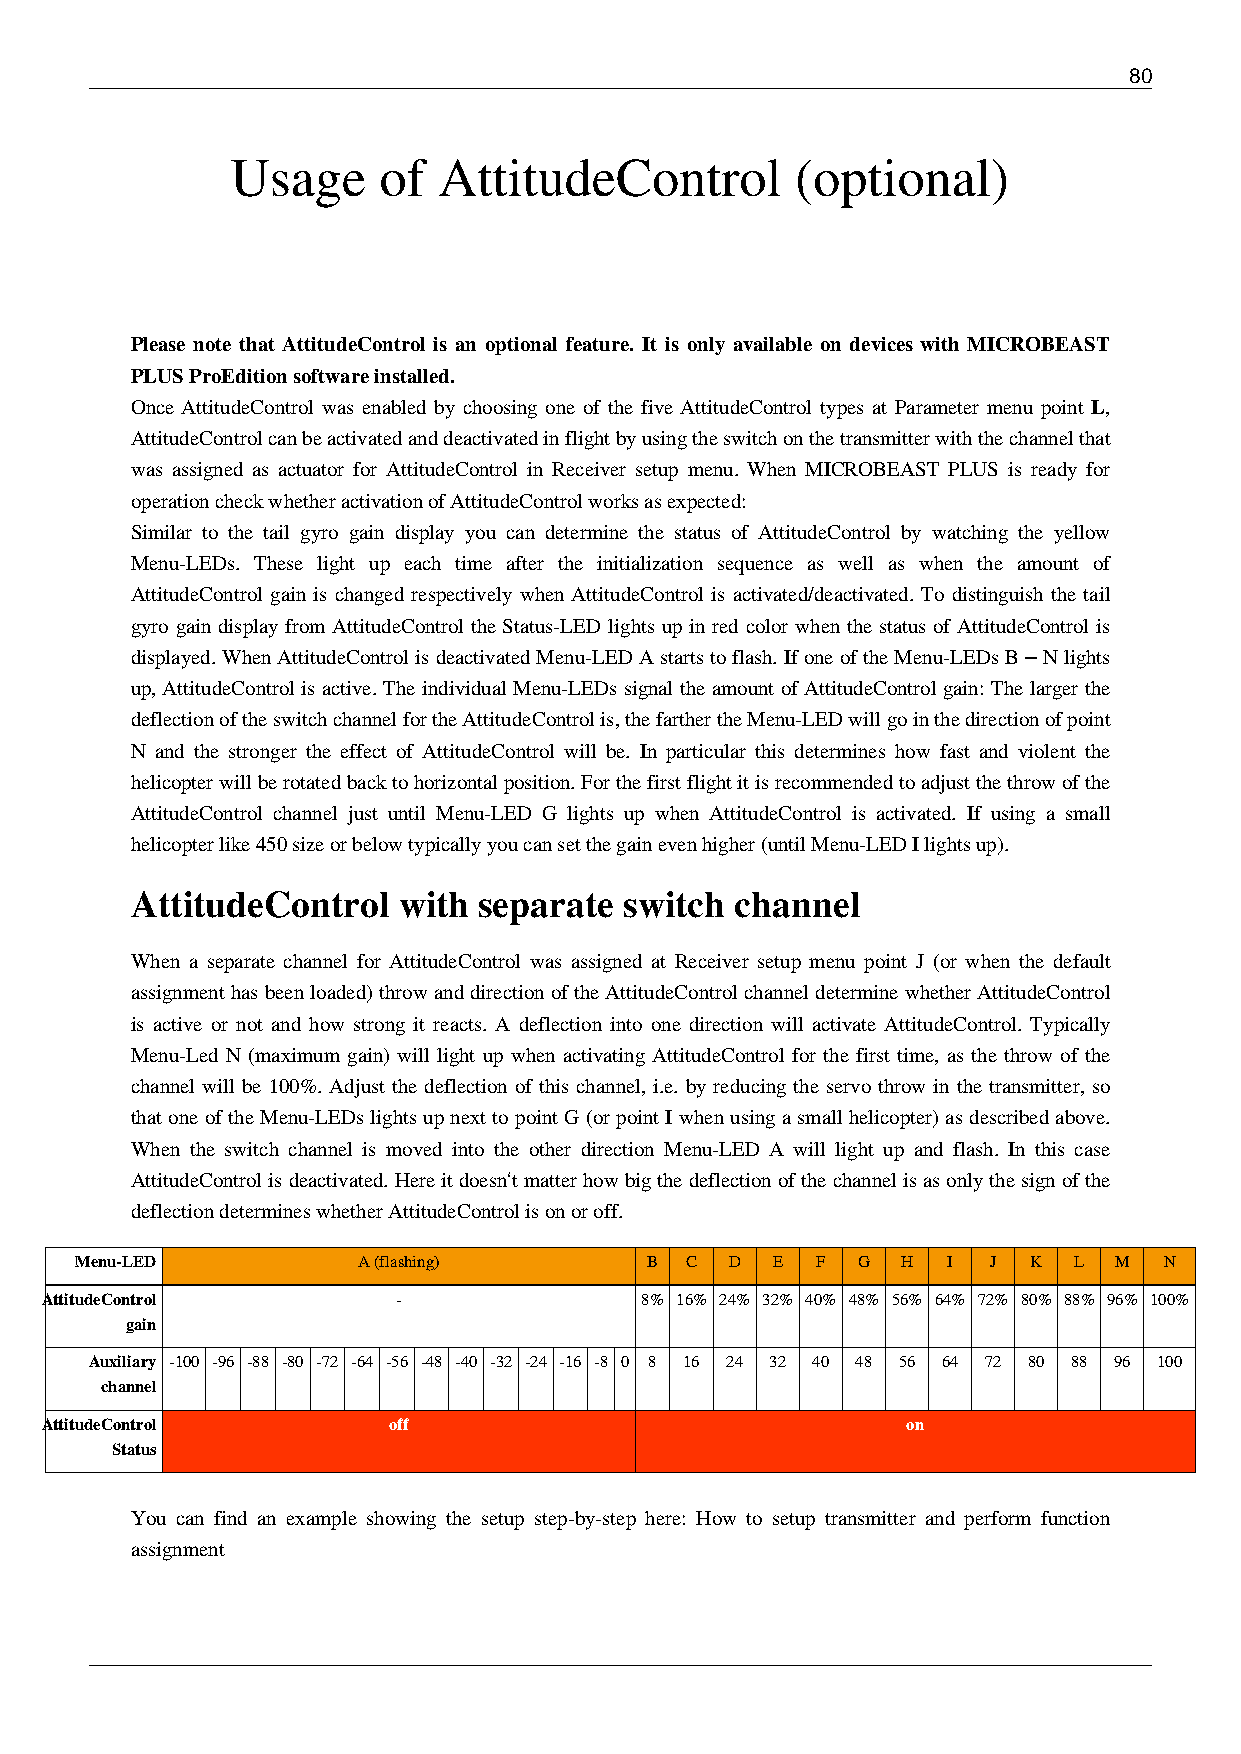
80
 Usage     of  AttitudeControl         (optional)
 Please note that AttitudeControl is an optional feature. It is only available on devices with MICROBEAST
 PLUS ProEdition software installed.
 Once AttitudeControl was enabled by choosing one of the five AttitudeControl types at Parameter menu point L,
 AttitudeControl can be activated and deactivated in flight by using the switch on the transmitter with the channel that
 was assigned as actuator for AttitudeControl in Receiver setup menu. When MICROBEAST PLUS is ready for
 operation check whether activation of AttitudeControl works as expected:
 Similar to the tail gyro gain display you can determine the status of AttitudeControl by watching the yellow
 Menu-LEDs. These light up each time after the initialization sequence as well as when the amount of
 AttitudeControl gain is changed respectively when AttitudeControl is activated/deactivated. To distinguish the tail
 gyro gain display from AttitudeControl the Status-LED lights up in red color when the status of AttitudeControl is
 displayed. When AttitudeControl is deactivated Menu-LED A starts to flash. If one of the Menu-LEDs B – N lights
 up, AttitudeControl is active. The individual Menu-LEDs signal the amount of AttitudeControl gain: The larger the
 deflection of the switch channel for the AttitudeControl is, the farther the Menu-LED will go in the direction of point
 N and the stronger the effect of AttitudeControl will be. In particular this determines how fast and violent the
 helicopter will be rotated back to horizontal position. For the first flight it is recommended to adjust the throw of the
 AttitudeControl channel just until Menu-LED G lights up when AttitudeControl is activated. If using a small
 helicopter like 450 size or below typically you can set the gain even higher (until Menu-LED I lights up).
 AttitudeControl  with  separate switch  channel
 When a separate channel for AttitudeControl was assigned at Receiver setup menu point J (or when the default
 assignment has been loaded) throw and direction of the AttitudeControl channel determine whether AttitudeControl
 is active or not and how strong it reacts. A deflection into one direction will activate AttitudeControl. Typically
 Menu-Led N (maximum gain) will light up when activating AttitudeControl for the first time, as the throw of the
 channel will be 100%. Adjust the deflection of this channel, i.e. by reducing the servo throw in the transmitter, so
 that one of the Menu-LEDs lights up next to point G (or point I when using a small helicopter) as described above.
 When the switch channel is moved into the other direction Menu-LED A will light up and flash. In this case
 AttitudeControl is deactivated. Here it doesn‘t matter how big the deflection of the channel is as only the sign of the
 deflection determines whether AttitudeControl is on or off.
 Menu-LED           A (flashing)       B C  D  E  F  G  H  I J  K  L  M  N
 AttitudeControl        -               8% 16% 24% 32% 40% 48% 56% 64% 72% 80% 88% 96% 100%
 gain
 Auxiliary -100 -96 -88 -80 -72 -64 -56 -48 -40 -32 -24 -16 -8 0 8 16 24 32 40 48 56 64 72 80 88 96 100
 channel
 AttitudeControl        off                               on
 Status
 You can find an example showing the setup step-by-step here: How to setup transmitter and perform function
 assignment